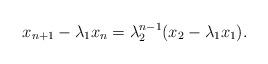
\begin{align*}x_{n+1} -\lambda_1x_n=\lambda_2^{n-1}(x_2 -\lambda_1x_1).\end{align*}